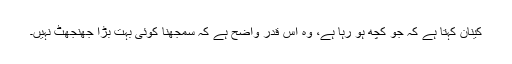
کینان کہتا ہے کہ جو کچھ ہو رہا ہے، وہ اس قدر واضح ہے کہ سمجھنا کوئی بہت بڑا جھنجھٹ نہیں۔